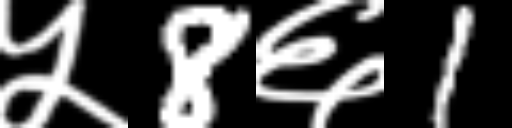
Text: ५8६1